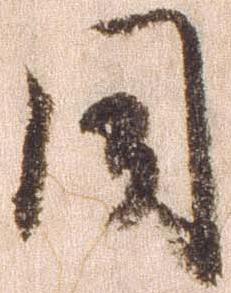
同